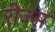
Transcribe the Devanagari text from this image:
रीज्स